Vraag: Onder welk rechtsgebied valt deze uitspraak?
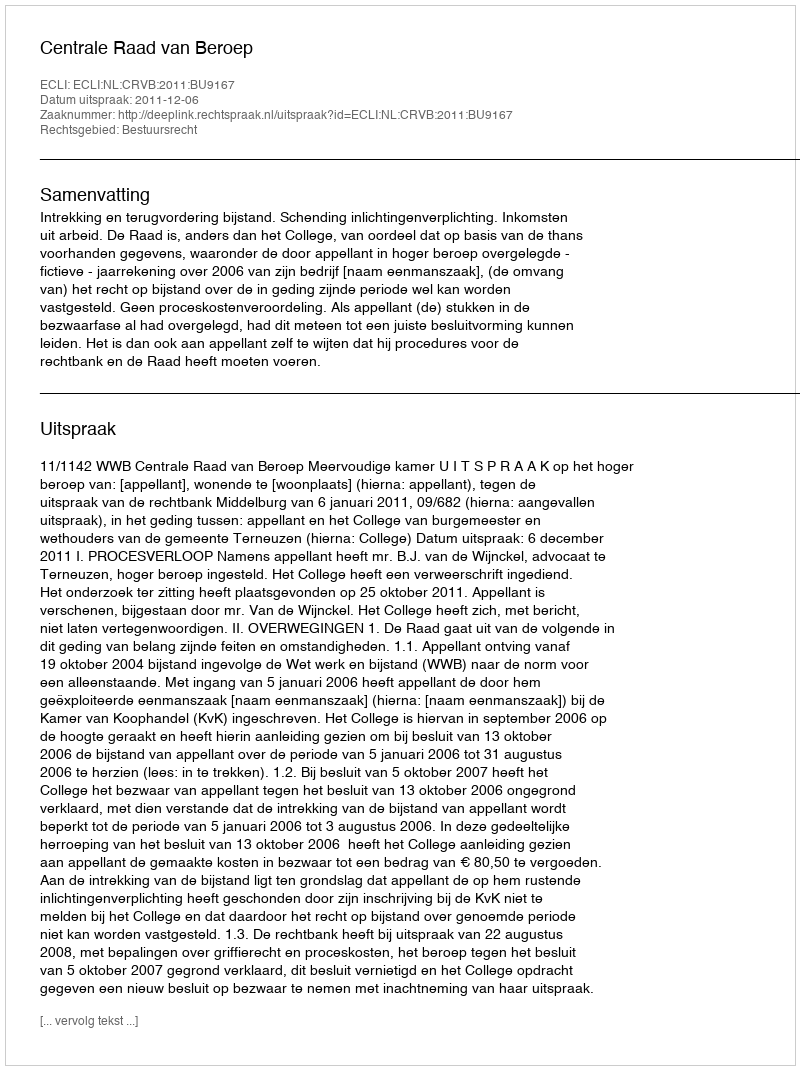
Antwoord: Bestuursrecht